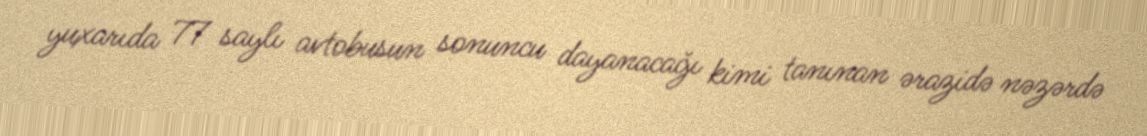
yuxarıda 77 saylı avtobusun sonuncu dayanacağı kimi tanınan ərazidə nəzərdə